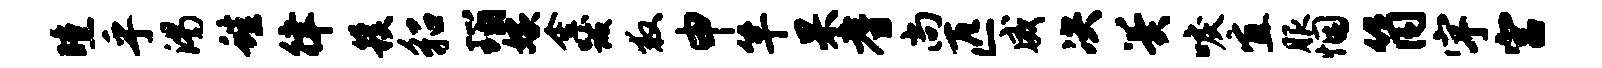
曛乎渴蛙律簇貂瑙嫁金跋救申竿杲耆尚匹威决翼唳宜服悃筒宇宫